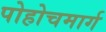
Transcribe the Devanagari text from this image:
पोहोचमार्ग